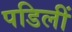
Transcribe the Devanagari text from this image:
पडिलीं